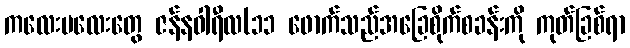
ကလေးမလေးတွေ ဇန်နဝါရီလ(၁၁ ဖောက်သည်အခြေစိုက်စခန်းကို ကုတ်ခြစ်ရာ